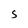
Character: 5